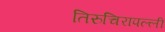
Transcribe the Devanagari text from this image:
तिरुचिरापल्‍ली